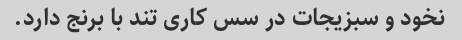
نخود و سبزیجات در سس کاری تند با برنج دارد.